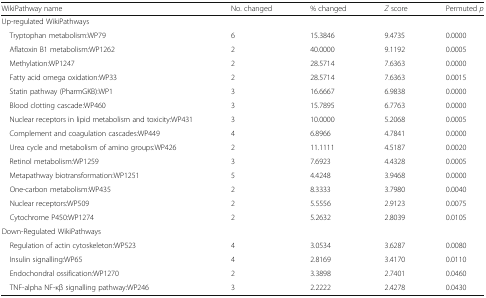
| WikiPathway name | No. changed | % changed | Z score | Permuted p |
 | --- | --- | --- | --- | --- |
 | <COLSPAN=5> Up-regulated WikiPathways |
 | Tryptophan metabolism:WP79 | 6 | 15.3846 | 9.4735 | 0.0000 |
 | Aflatoxin B1 metabolism:WP1262 | 2 | 40.0000 | 9.1192 | 0.0005 |
 | Methylation:WP1247 | 2 | 28.5714 | 7.6363 | 0.0000 |
 | Fatty acid omega oxidation:WP33 | 2 | 28.5714 | 7.6363 | 0.0015 |
 | Statin pathway (PharmGKB):WP1 | 3 | 16.6667 | 6.9838 | 0.0000 |
 | Blood clotting cascade:WP460 | 3 | 15.7895 | 6.7763 | 0.0000 |
 | Nuclear receptors in lipid metabolism and toxicity:WP431 | 3 | 10.0000 | 5.2068 | 0.0005 |
 | Complement and coagulation cascades:WP449 | 4 | 6.8966 | 4.7841 | 0.0000 |
 | Urea cycle and metabolism of amino groups:WP426 | 2 | 11.1111 | 4.5187 | 0.0020 |
 | Retinol metabolism:WP1259 | 3 | 7.6923 | 4.4328 | 0.0005 |
 | Metapathway biotransformation:WP1251 | 5 | 4.4248 | 3.9468 | 0.0000 |
 | One-carbon metabolism:WP435 | 2 | 8.3333 | 3.7980 | 0.0040 |
 | Nuclear receptors:WP509 | 2 | 5.5556 | 2.9123 | 0.0075 |
 | Cytochrome P450:WP1274 | 2 | 5.2632 | 2.8039 | 0.0105 |
 | <COLSPAN=5> Down-Regulated WikiPathways |
 | Regulation of actin cytoskeleton:WP523 | 4 | 3.0534 | 3.6287 | 0.0080 |
 | Insulin signalling:WP65 | 4 | 2.8169 | 3.4170 | 0.0110 |
 | Endochondral ossification:WP1270 | 2 | 3.3898 | 2.7401 | 0.0460 |
 | TNF-alpha NF-κβ signalling pathway:WP246 | 3 | 2.2222 | 2.4278 | 0.0430 |